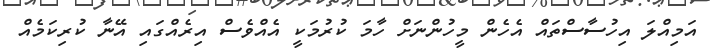
އަމިއްލަ އިހުސާސްތައް އެހެން މީހުންނަށް ހާމަ ކުރުމަކީ އެއްވެސް އިރެއްގައި އޭނާ ކުރިކަމެއް